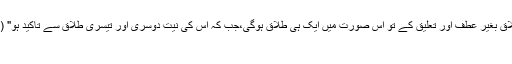
" اگر اس نے کہا تجھے طلاق،طلاق،طلاق بغیر عطف اور تعلیق کے تو اس صورت میں ایک ہی طلاق ہوگی،جب کہ اس کی نیت دوسری اور تیسری طلاق سے تاکید ہو" (الفقہ علی المذاھب الاربعۃ، کتاب الطلاق)
2۔